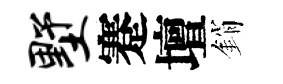
墅蹇壇銷